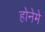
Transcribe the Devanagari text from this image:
होनेमे